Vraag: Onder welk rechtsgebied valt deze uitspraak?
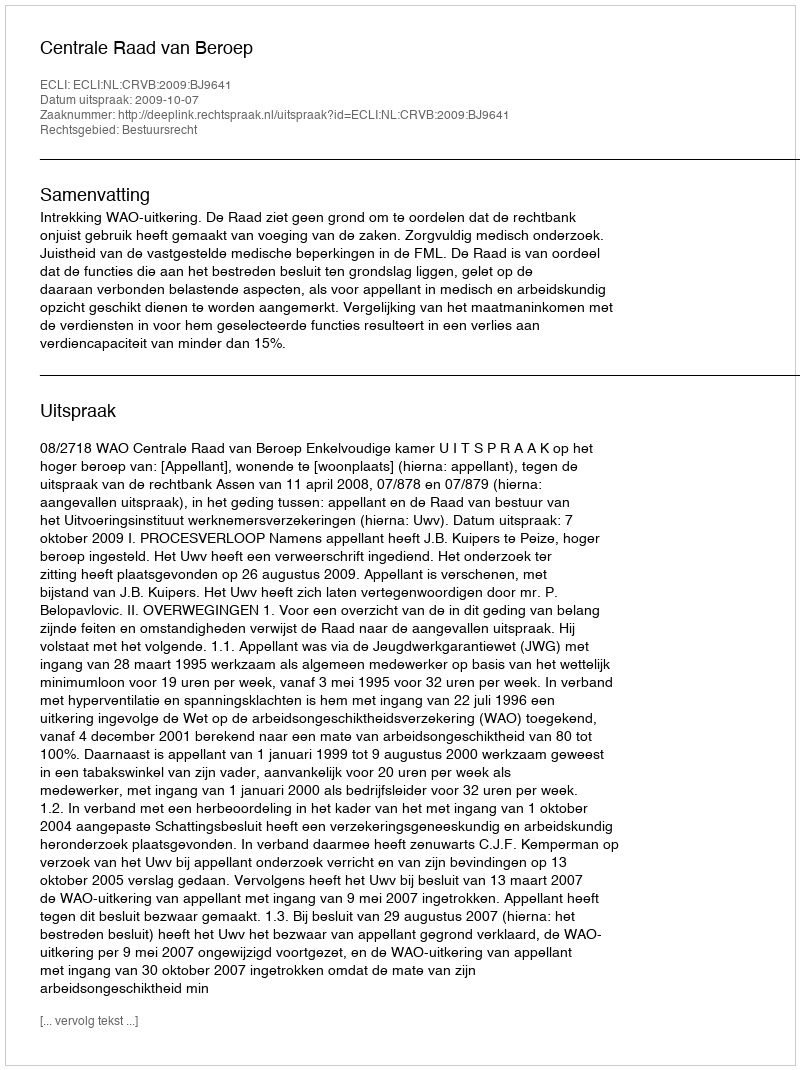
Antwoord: Bestuursrecht